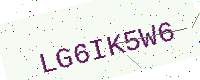
Text: LG6IK5W6